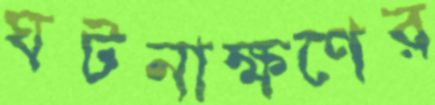
ঘটনাক্ষণের